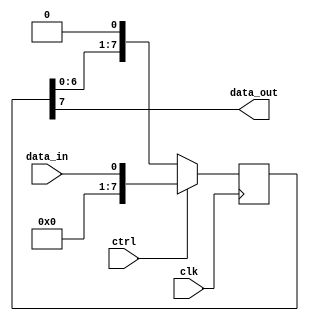
module piso_shift_register (
      input wire clk,
      input wire ctrl,
      input wire data_in,
      output wire data_out
);

reg [7:0] register;

always @(posedge clk) begin
    if (ctrl == 1'b1) begin
        register <= data_in;
    end else begin
        register <= {register[6:0], 1'b0};
    end
end

assign data_out = register[7];

endmodule